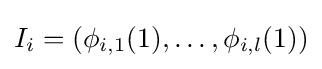
I_{i}=(\phi _{i,1}(1),\ldots ,\phi _{i,l}(1))